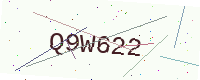
Text: Q9W622